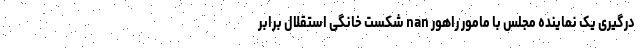
درگیری یک نماینده مجلس با مامور راهور nan شکست خانگی استقلال برابر